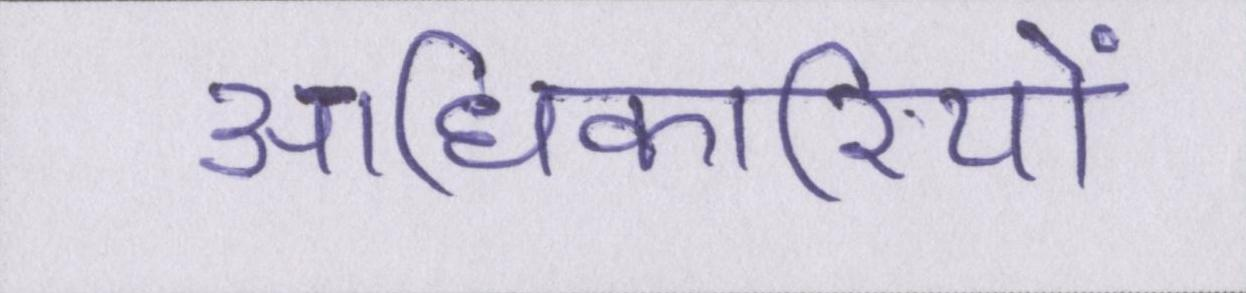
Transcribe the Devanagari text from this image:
आधिकारियों